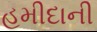
હમીદાની